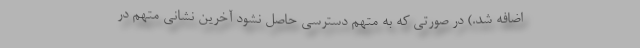
اضافه شد.) در صورتی که به متهم دسترسی حاصل نشود آخرین نشانی متهم در